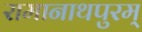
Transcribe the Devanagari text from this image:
रामानाथपुरम्